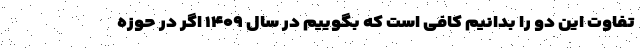
تفاوت این دو را بدانیم کافی است که بگوییم در سال ۱۴۰۹ اگر در حوزه